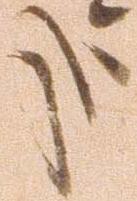
哉